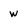
Character: W